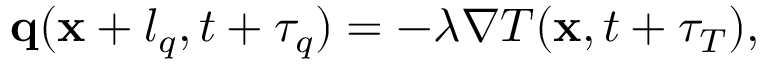
\begin{array} { r } { \mathbf q ( \mathbf x + l _ { q } , t + \tau _ { q } ) = - \lambda \nabla T ( \mathbf x , t + \tau _ { T } ) , } \end{array}